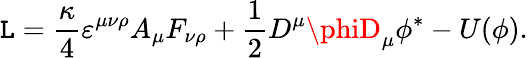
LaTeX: {\cal\mathtt{L}}=\frac{\kappa}{4}\varepsilon^{\mu\nu\rho}A_{\mu}F_{\nu\rho}+\frac{1}{2}D^{\mu}\phiD_{\mu}\phi^{*}-U(\phi).